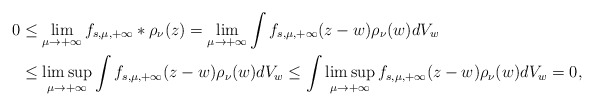
\begin{align*} 0&\leq\lim_{\mu\to+\infty}f_{s,\mu,+\infty}\ast\rho_\nu(z)=\lim_{\mu\to+\infty}\int f_{s,\mu,+\infty}(z-w)\rho_\nu(w)dV_w\\ &\leq\limsup_{\mu\to+\infty}\int f_{s,\mu,+\infty}(z-w)\rho_\nu(w)dV_w\leq\int\limsup_{\mu\to+\infty} f_{s,\mu,+\infty}(z-w)\rho_\nu(w)dV_w=0, \end{align*}